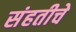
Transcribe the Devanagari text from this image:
संहतीचे